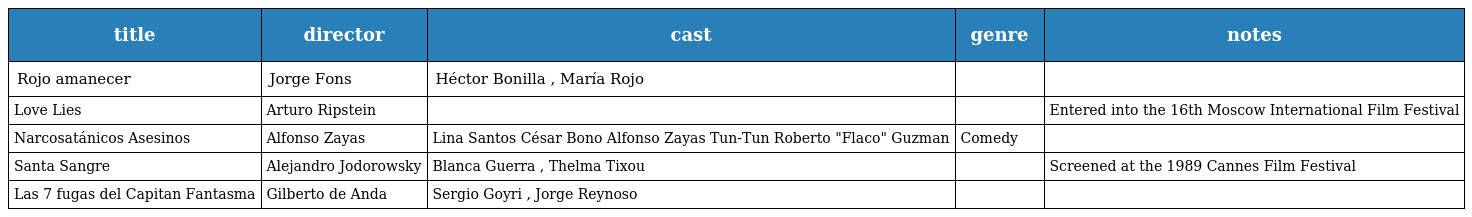
| title | director | cast | genre | notes |
 | --- | --- | --- | --- | --- |
 | Rojo amanecer | Jorge Fons | Héctor Bonilla , María Rojo |  |  |
 | Love Lies | Arturo Ripstein |  |  | Entered into the 16th Moscow International Film Festival |
 | Narcosatánicos Asesinos | Alfonso Zayas | Lina Santos César Bono Alfonso Zayas Tun-Tun Roberto "Flaco" Guzman | Comedy |  |
 | Santa Sangre | Alejandro Jodorowsky | Blanca Guerra , Thelma Tixou |  | Screened at the 1989 Cannes Film Festival |
 | Las 7 fugas del Capitan Fantasma | Gilberto de Anda | Sergio Goyri , Jorge Reynoso |  |  |